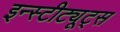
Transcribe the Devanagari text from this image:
इन्स्टीट्यूट्स